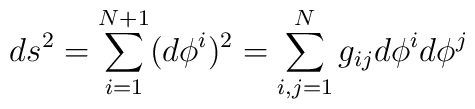
ds^2=\sum_{i=1}^{N+1}(d\phi^i)^2=\sum_{i,j=1}^Ng_{ij}d\phi^id\phi^j